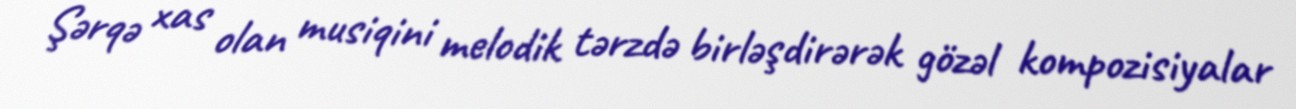
Şərqə xas olan musiqini melodik tərzdə birləşdirərək gözəl kompozisiyalar